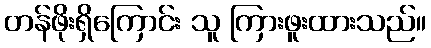
တန်ဖိုးရှိကြောင်း သူ ကြားဖူးထားသည်။